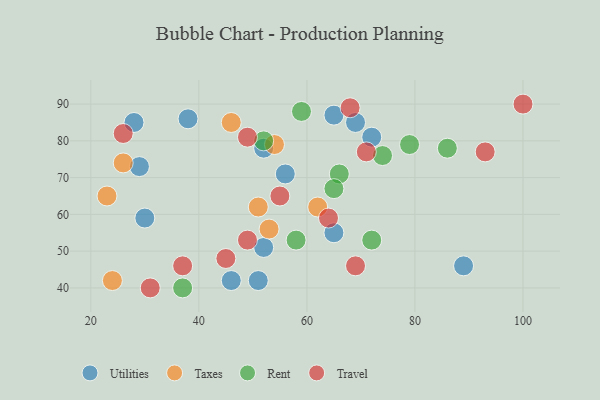
{"axis": {"x": "GDP", "y": "Life Expectancy"}, "legend": ["Rent", "Taxes", "Travel", "Utilities"], "data": [{"x": "28", "y": 85, "type": "Utilities"}, {"x": "29", "y": 73, "type": "Utilities"}, {"x": "52", "y": 78, "type": "Utilities"}, {"x": "65", "y": 87, "type": "Utilities"}, {"x": "30", "y": 59, "type": "Utilities"}, {"x": "38", "y": 86, "type": "Utilities"}, {"x": "52", "y": 51, "type": "Utilities"}, {"x": "65", "y": 55, "type": "Utilities"}, {"x": "69", "y": 85, "type": "Utilities"}, {"x": "51", "y": 42, "type": "Utilities"}, {"x": "89", "y": 46, "type": "Utilities"}, {"x": "56", "y": 71, "type": "Utilities"}, {"x": "72", "y": 81, "type": "Utilities"}, {"x": "46", "y": 42, "type": "Utilities"}, {"x": "53", "y": 56, "type": "Taxes"}, {"x": "46", "y": 85, "type": "Taxes"}, {"x": "26", "y": 74, "type": "Taxes"}, {"x": "54", "y": 79, "type": "Taxes"}, {"x": "23", "y": 65, "type": "Taxes"}, {"x": "62", "y": 62, "type": "Taxes"}, {"x": "24", "y": 42, "type": "Taxes"}, {"x": "51", "y": 62, "type": "Taxes"}, {"x": "52", "y": 80, "type": "Rent"}, {"x": "59", "y": 88, "type": "Rent"}, {"x": "86", "y": 78, "type": "Rent"}, {"x": "37", "y": 40, "type": "Rent"}, {"x": "66", "y": 71, "type": "Rent"}, {"x": "58", "y": 53, "type": "Rent"}, {"x": "79", "y": 79, "type": "Rent"}, {"x": "65", "y": 67, "type": "Rent"}, {"x": "74", "y": 76, "type": "Rent"}, {"x": "72", "y": 53, "type": "Rent"}, {"x": "71", "y": 77, "type": "Travel"}, {"x": "55", "y": 65, "type": "Travel"}, {"x": "69", "y": 46, "type": "Travel"}, {"x": "68", "y": 89, "type": "Travel"}, {"x": "93", "y": 77, "type": "Travel"}, {"x": "26", "y": 82, "type": "Travel"}, {"x": "64", "y": 59, "type": "Travel"}, {"x": "37", "y": 46, "type": "Travel"}, {"x": "31", "y": 40, "type": "Travel"}, {"x": "49", "y": 81, "type": "Travel"}, {"x": "49", "y": 53, "type": "Travel"}, {"x": "45", "y": 48, "type": "Travel"}, {"x": "100", "y": 90, "type": "Travel"}]}